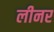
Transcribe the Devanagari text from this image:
लीनर